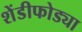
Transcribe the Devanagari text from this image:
शेंडीफोड्या